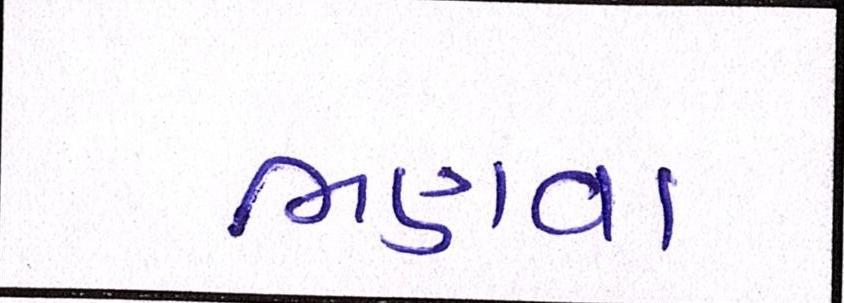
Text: ભણવા